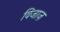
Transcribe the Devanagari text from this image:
विजाज़